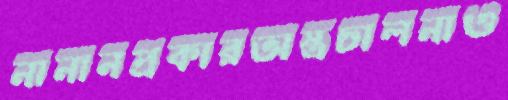
নানানপ্রকারঅস্ত্রচালনাও